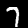
Label: 7